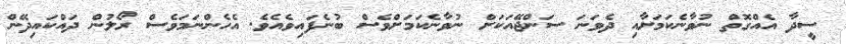
ސީދާ އެއްގޮތް ނުވާނެކަމަށާއި ދެވަނަ ސަންޖޭއަކަށް ނުވާނެކަމަށްވެސް ބުނެފައިވެއެވެ. އެހެންނަމަވެސް ރޯލުން ދައްކައިދޭން